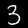
Label: 3